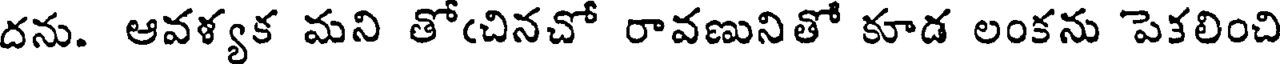
దను. ఆవళ్యక మని తోఁచినచో రావణునితో కూడ లంకను పెకలించి